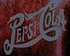
PEPSI:COLA